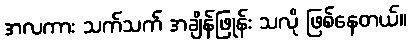
အလကား သက်သက် အချိန်ဖြုန်း သလို ဖြစ်နေတယ်။